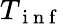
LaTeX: T_{\mathrm{~i~n~f~}}